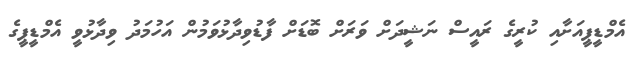
އެމްޑީޕީއަށާއި ކުރީގެ ރައީސް ނަޝީދަށް ވަރަށް ބޮޑަށް ފާޑުވިދާޅުވަމުން އަހުމަދު ވިދާޅުވީ އެމްޑީޕީގެ